Civil Veterinary Dept. Assam report 1927-50 - 1927-1950
Year: 1927
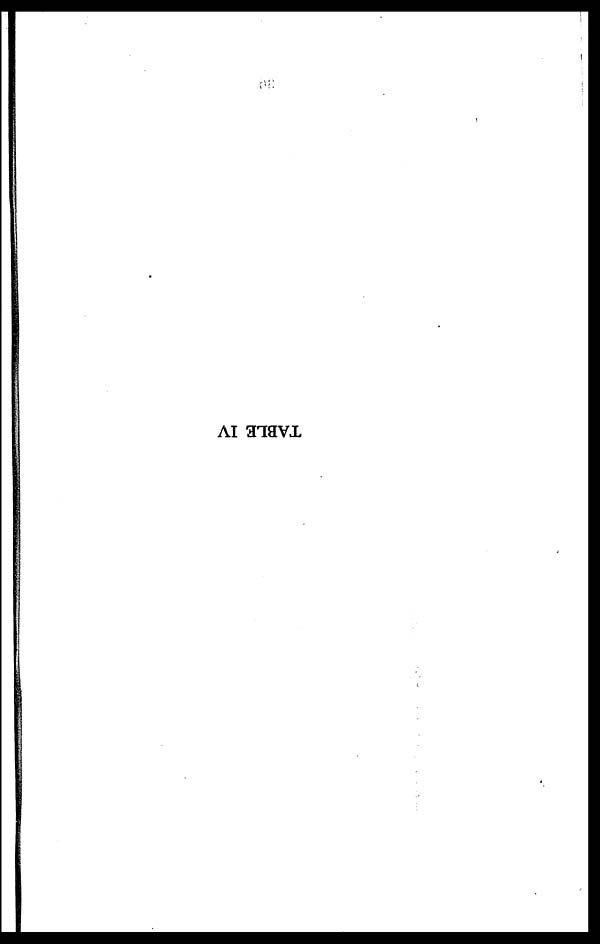
TABLE IV